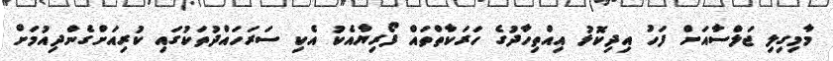
މާމިގިލި ޖަލްސާއަށް ފަހު އިދިކޮޅު އިއްތިހާދުގެ ހަރަކާތްތައް ފޯރިޔާއެކު އެކި ސަރަހައްދުތަކުގައި ކުރިއަށްގެންދިއުމަށް